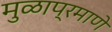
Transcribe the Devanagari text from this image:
मुळाप्रमाणे